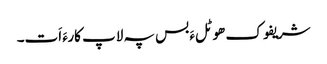
شریفوک ھوٹلءَ بس پہ لاپ کارءَ اَت۔